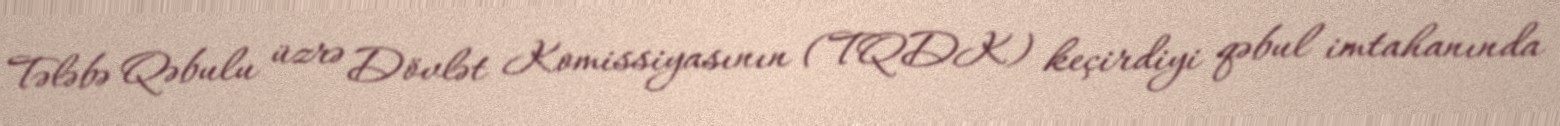
Tələbə Qəbulu üzrə Dövlət Komissiyasının (TQDK) keçirdiyi qəbul imtahanında